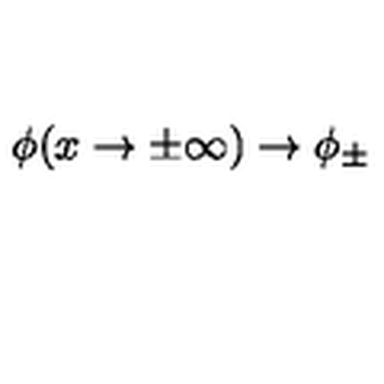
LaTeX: \phi ( x \rightarrow \pm \infty ) \rightarrow \phi _ { \pm }